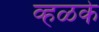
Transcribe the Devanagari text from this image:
व्हळके